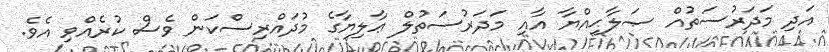
އަދި މަދަރުސަތުއް ޞަލާޙިއްޔާ އާއި މަދަރުސަތުލް ޢާލިޔާގެ މުދައްރިސްކަން ވެސް ކުރެއްވި އެވެ.